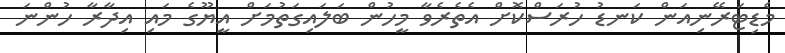
މެޑިޓަރޭނިއަން ކަނޑު ހުރަސްކޮށް އެތެރެވާ މީހުން ބަލައިގަތުމަށް އީޔޫގެ މައި އިދާރާ ހުންނަ